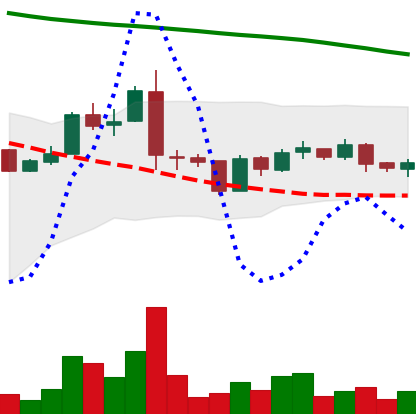
Ticker: ADA-USD
Chart end date: 2019-01-22
Forward return: -5.53%
Label: down_5_7